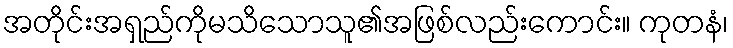
အတိုင်းအရှည်ကိုမသိသောသူ၏အဖြစ်လည်းကောင်း။ ကုတနံ၊